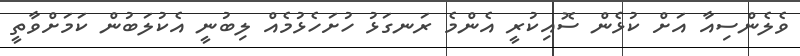
ވެލެންސިއާ އަށް ކުޅެން ސޮއިކުރީ އެންމެ ރަނގަޅު ހުށަހެޅުމެއް ލިބުނީ އެކުލަބުން ކަމަށްވާތީ